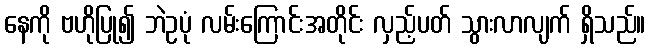
နေကို ဗဟိုပြု၍ ဘဲဥပုံ လမ်းကြောင်းအတိုင်း လှည့်ပတ် သွားလာလျက် ရှိသည်။